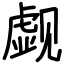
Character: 觑